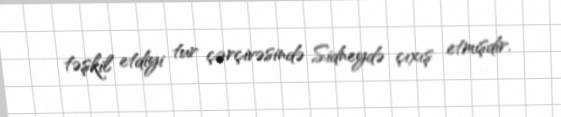
təşkil etdiyi tur çərçivəsində Sidneydə çıxış etmişdir.